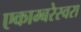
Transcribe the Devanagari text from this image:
एकाम्बरेस्वरा